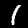
Label: 1